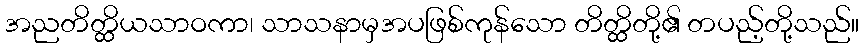
အညတိတ္ထိယသာဝကာ၊ သာသနာမှအပဖြစ်ကုန်သော တိတ္ထိတို့၏ တပည့်တို့သည်။